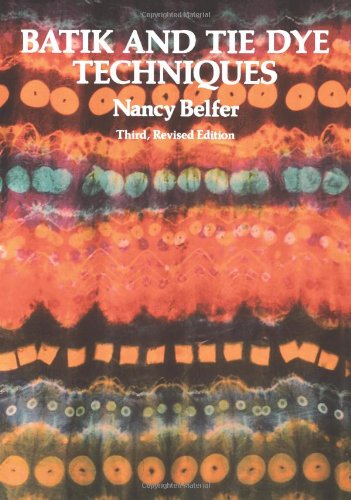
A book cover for Batik and Tie Dye Techniques; Nancy Belfer; Crafts, Hobbies & Home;